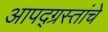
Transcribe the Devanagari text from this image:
आपद्ग्रस्तांचे